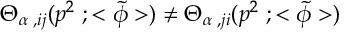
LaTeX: { \Theta } _ { { \alpha } \; , i j } ( p ^ { 2 } \; ; < { \tilde { \phi } } > ) \neq { \Theta } _ { { \alpha } \; , j i } ( p ^ { 2 } \; ; < { \tilde { \phi } } > )